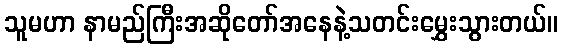
သူမဟာ နာမည်ကြီးအဆိုတော်အနေနဲ့သတင်းမွှေးသွားတယ်။